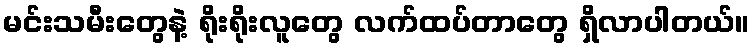
မင်းသမီးတွေနဲ့ ရိုးရိုးလူတွေ လက်ထပ်တာတွေ ရှိလာပါတယ်။